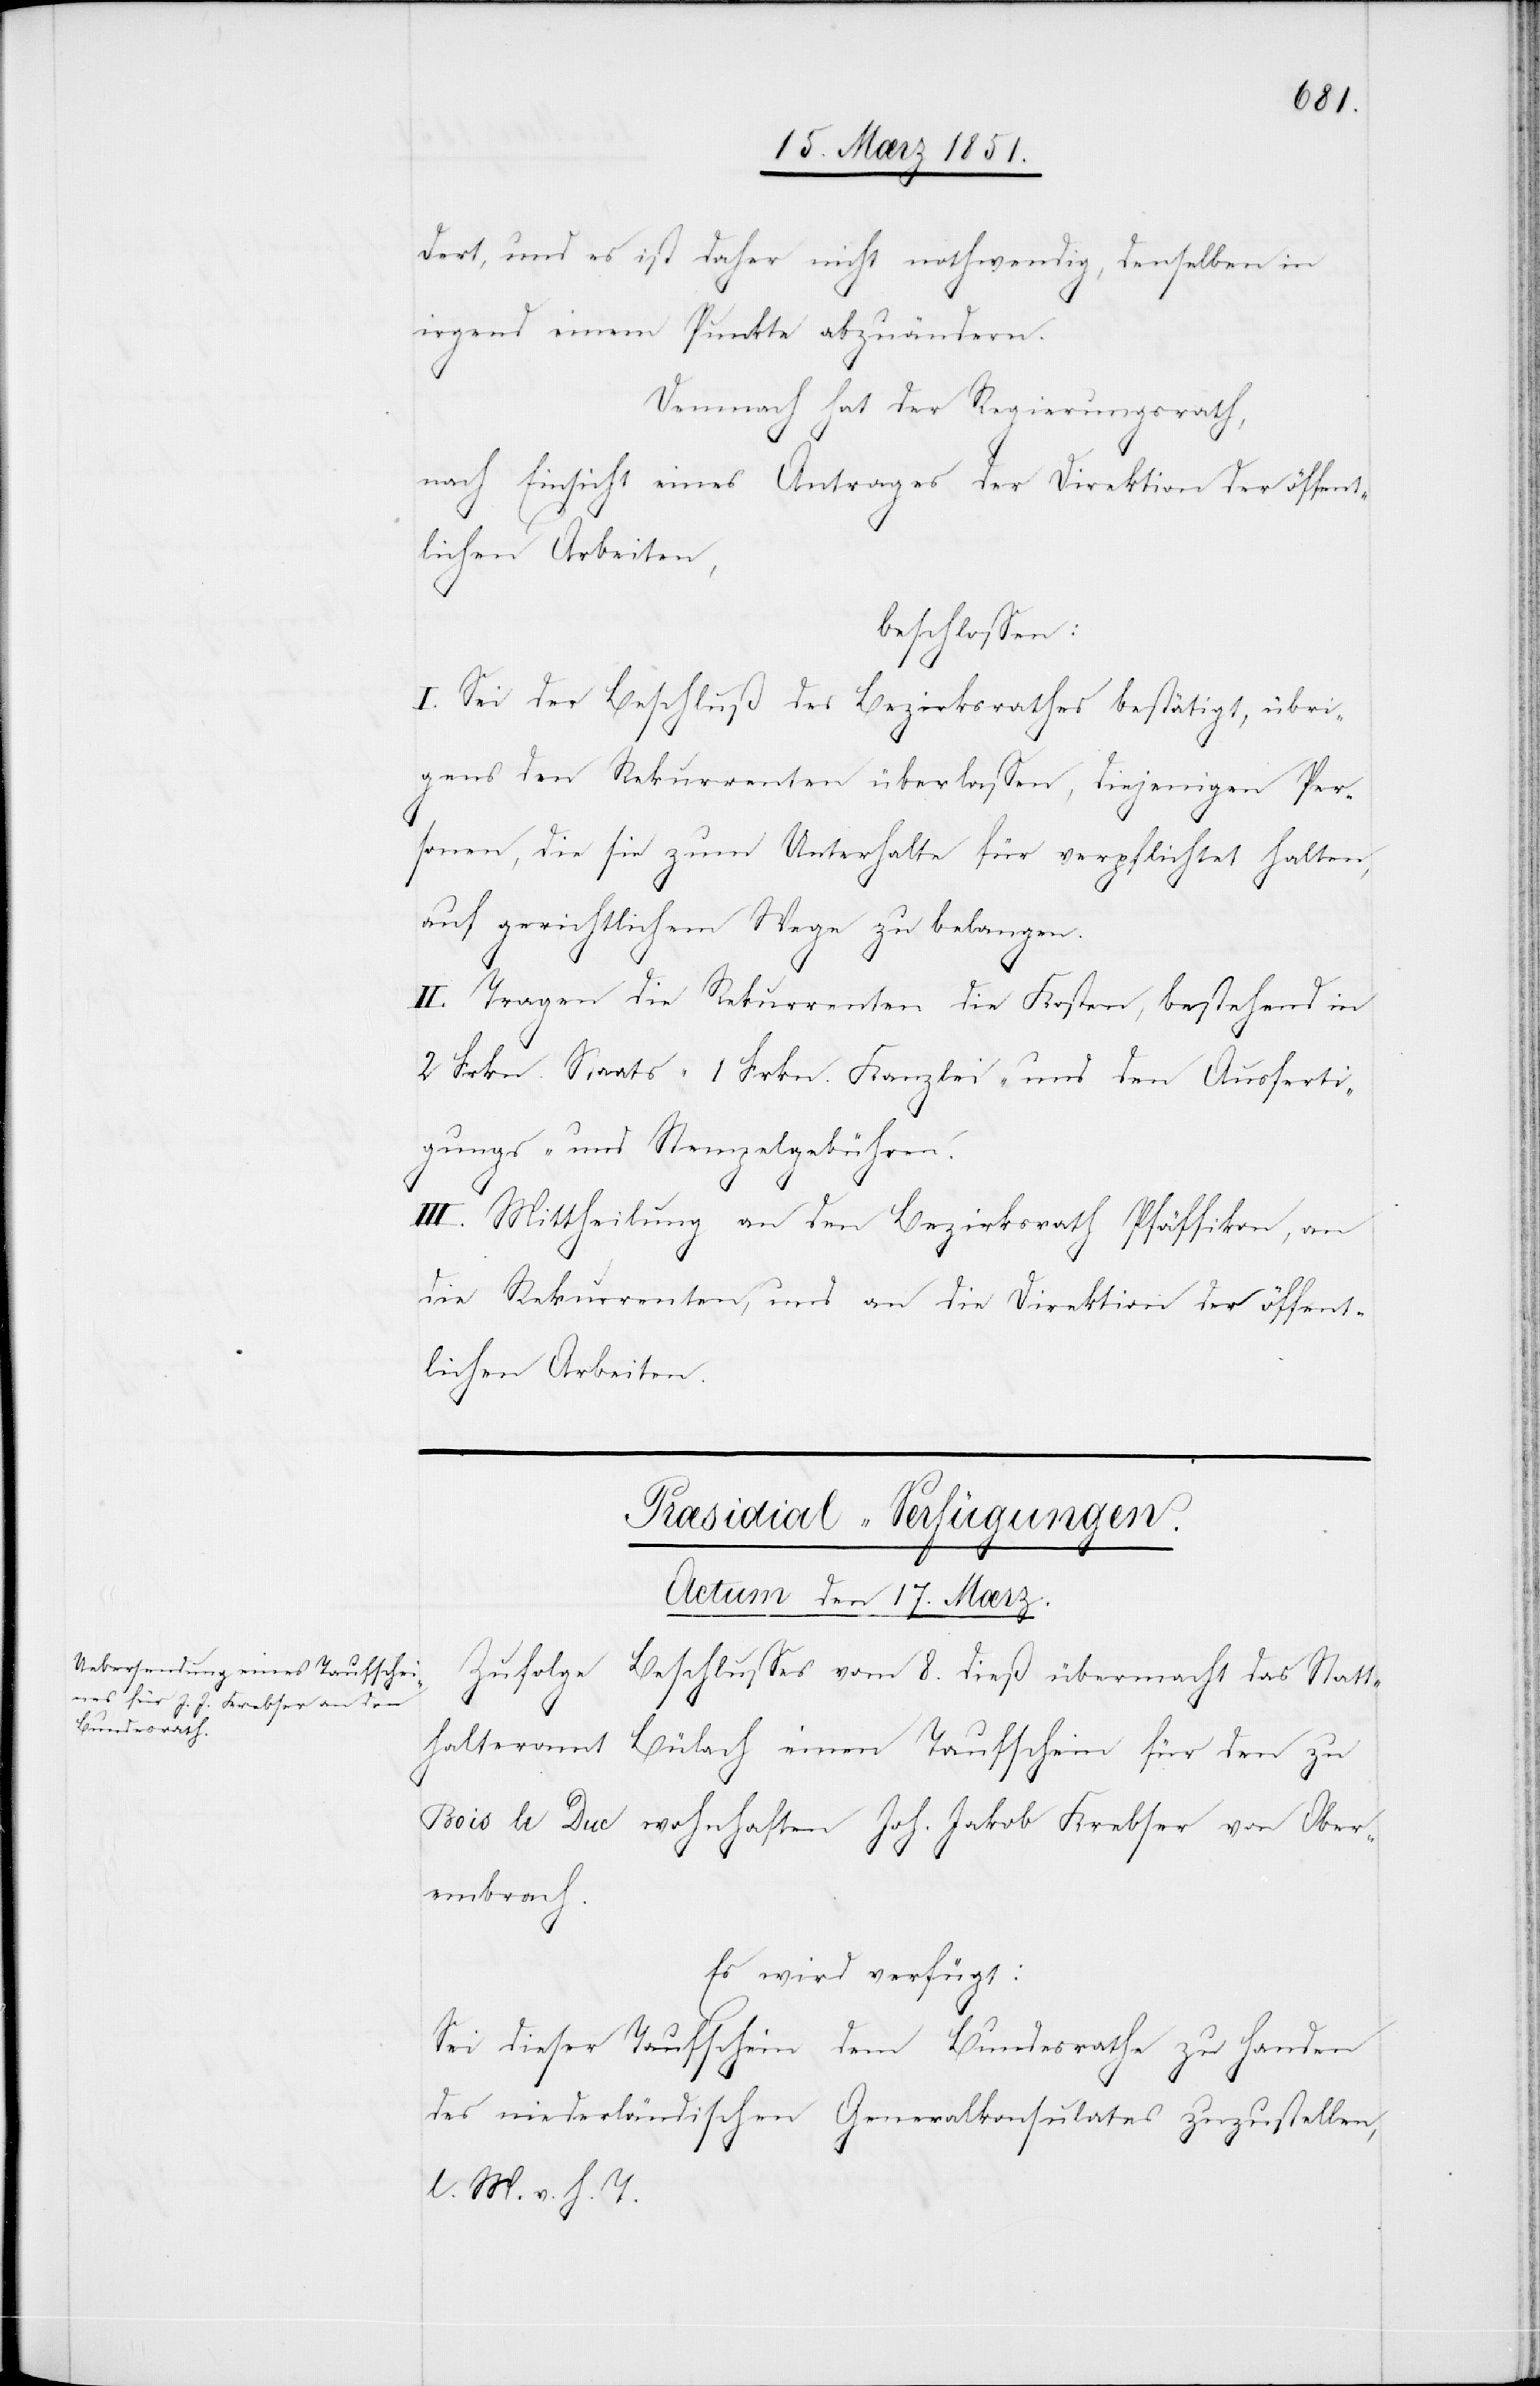
dert, und es ist daher nicht nothwendig, denselben in
irgend einem Punkte abzuändern.
Demnach hat der Regierungsrath,
nach Einsicht eines Antrages der Direktion der öffent¬
lichen Arbeiten,
beschlossen:
I. Sei der Beschluß des Bezirksrathes bestätigt, übri¬
gens den Rekurrenten überlassen, diejenigen Per¬
sonen, die sie zum Unterhalte für verpflichtet halten,
auf gerichtlichem Wege zu belangen.
II. Tragen die Rekurrenten die Kosten, bestehend in
2 Frkn. Staats-[,] 1 Frkn. Kanzlei- und den Ausferti¬
gungs- und Stempelgebühren.
III. Mittheilung an den Bezirksrath Pfäffikon, an
die Rekurrenten, und an die Direktion der öffent¬
lichen Arbeiten.
Præsidial-Verfügungen.
Actum den 17. Mærz.
Zufolge Beschlusses vom 8. dieß übermacht das Statt¬
halteramt Bülach einen Taufschein für den zu
Jakob Krebser von Ober¬
Bois le Duc wohnhaften Joh.
embrach.
Es wird verfügt:
Sei dieser Taufschein dem Bundesrathe zu Handen
des niederländischen Generalkonsulates zuzustellen,
l. M. v. h. T.